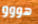
هووو